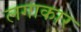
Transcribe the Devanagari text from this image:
लगाकार